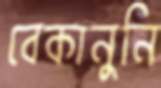
বেকানুনি